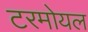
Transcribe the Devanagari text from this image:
टरमोयल